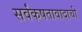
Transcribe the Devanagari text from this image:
सर्वंकषतावादाची